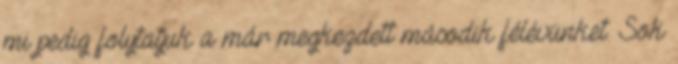
mi pedig folytatjuk a már megkezdett második félévünket. Sok